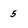
Character: 5